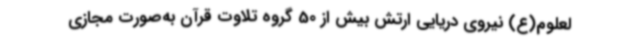
لعلوم(ع) نیروی دریایی ارتش بیش از 50 گروه تلاوت قرآن به‌صورت مجازی